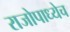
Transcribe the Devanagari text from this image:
राजोपाध्येच